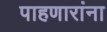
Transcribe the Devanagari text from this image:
पाहणारांना